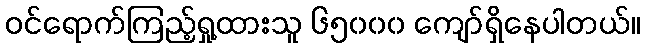
ဝင်ရောက်ကြည့်ရှု့ထားသူ ၆၅၀၀၀ ကျော်ရှိနေပါတယ်။